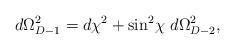
LaTeX: \begin{align*}d\Omega_{D-1}^2 = d\chi^2 + \sin^2\! \chi~d\Omega_{D-2}^2,\end{align*}